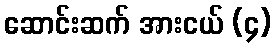
ဆောင်းဆက် အားငယ် (၄)